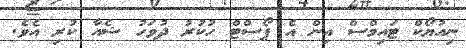
ނިއުޔޯކް ޓައިމްސް އިން އެ ޕޯސްޓް ހުކުރު ދުވަހު ޝެއާ ކުރި އެވެ.